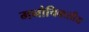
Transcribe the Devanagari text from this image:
मनोचिक्त्सीय